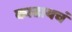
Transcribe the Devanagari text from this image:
काढायचं